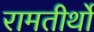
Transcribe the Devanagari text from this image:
रामतीर्थों